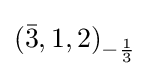
\left({\bar {3}},1,2\right)_{-{1 \over 3}}